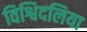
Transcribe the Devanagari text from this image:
विश्विदलिया